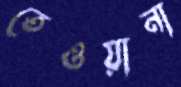
তেওয়ানা